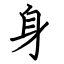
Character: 身